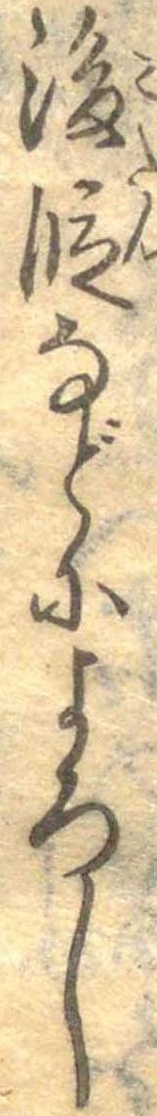
後段などによろし